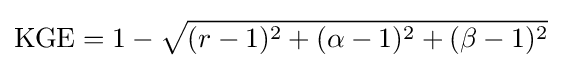
{\text{KGE}}=1-{\sqrt {(r-1)^{2}+(\alpha -1)^{2}+(\beta -1)^{2}}}